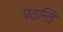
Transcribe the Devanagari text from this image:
पठन्ति